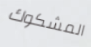
المشكوك